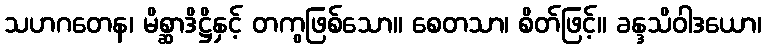
သဟဂတေန၊ မိစ္ဆာဒိဋ္ဌိနှင့် တကွဖြစ်သော။ စေတသာ၊ စိတ်ဖြင့်။ ခန္ဒသိဝါဒယော၊